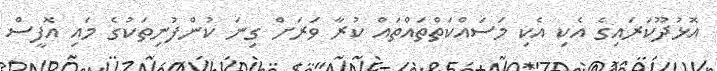
އޮޅުދޫކަރައިގެ އެކި އެކި މަސައްކަތްތައްތައް ކުރާ ވަރަށް ގިނަ ކުންފުނިތަކުގެ މައި އޮފީސް